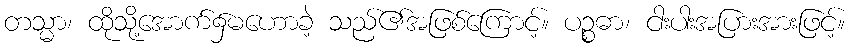
တသ္မာ၊ ထိုသို့အောက်၌မဟောခဲ့ သည်၏အဖြစ်ကြောင့်။ ပဉ္စဓာ၊ ငါးပါးအပြားအားဖြင့်။